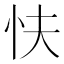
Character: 𢗲